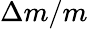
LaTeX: \Delta m/m